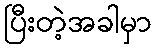
ပြီးတဲ့အခါမှာ